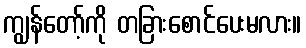
ကျွန်တော့်ကို တခြားစောင်ပေးမလား။